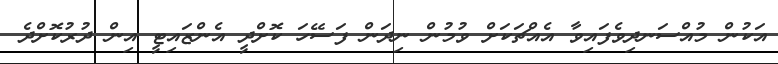
އަކުން މުއްސަނދިވެފައިވާ އެއްޗަކަށް ވުމުން ނިދަން ފަސޭހަ ކޮށްދީ އެންޒައިޓީ އިން ދުރުކޮށްދެ